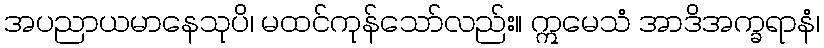
အပညာယမာနေသုပိ၊ မထင်ကုန်သော်လည်း။ ဣမေသံ အာဒိအက္ခရာနံ၊